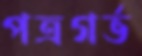
পত্রগর্ভ